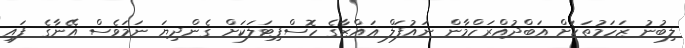
ލިބުނު ޒަހަމުތަކަށް އަބްދުއްރަހްމާން ނައުފަލް ޣައްޒާގެ ހޮސްޕިޓަލަކަށް ގެންދިޔަ ނަމަވެސް އޭނާގެ ފައި